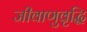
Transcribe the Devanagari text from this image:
जीवाणुवृद्धि